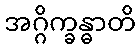
အဂ္ဂိက္ခန္ဓာတိ